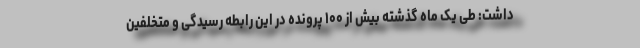
داشت: طی یک ماه گذشته بیش از ۱۰۰ پرونده در این رابطه رسیدگی و متخلفین